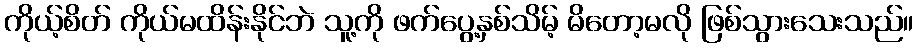
ကိုယ့်စိတ် ကိုယ်မထိန်းနိုင်ဘဲ သူ့ကို ဖက်ပွေ့နှစ်သိမ့် မိတော့မလို ဖြစ်သွားသေးသည်။